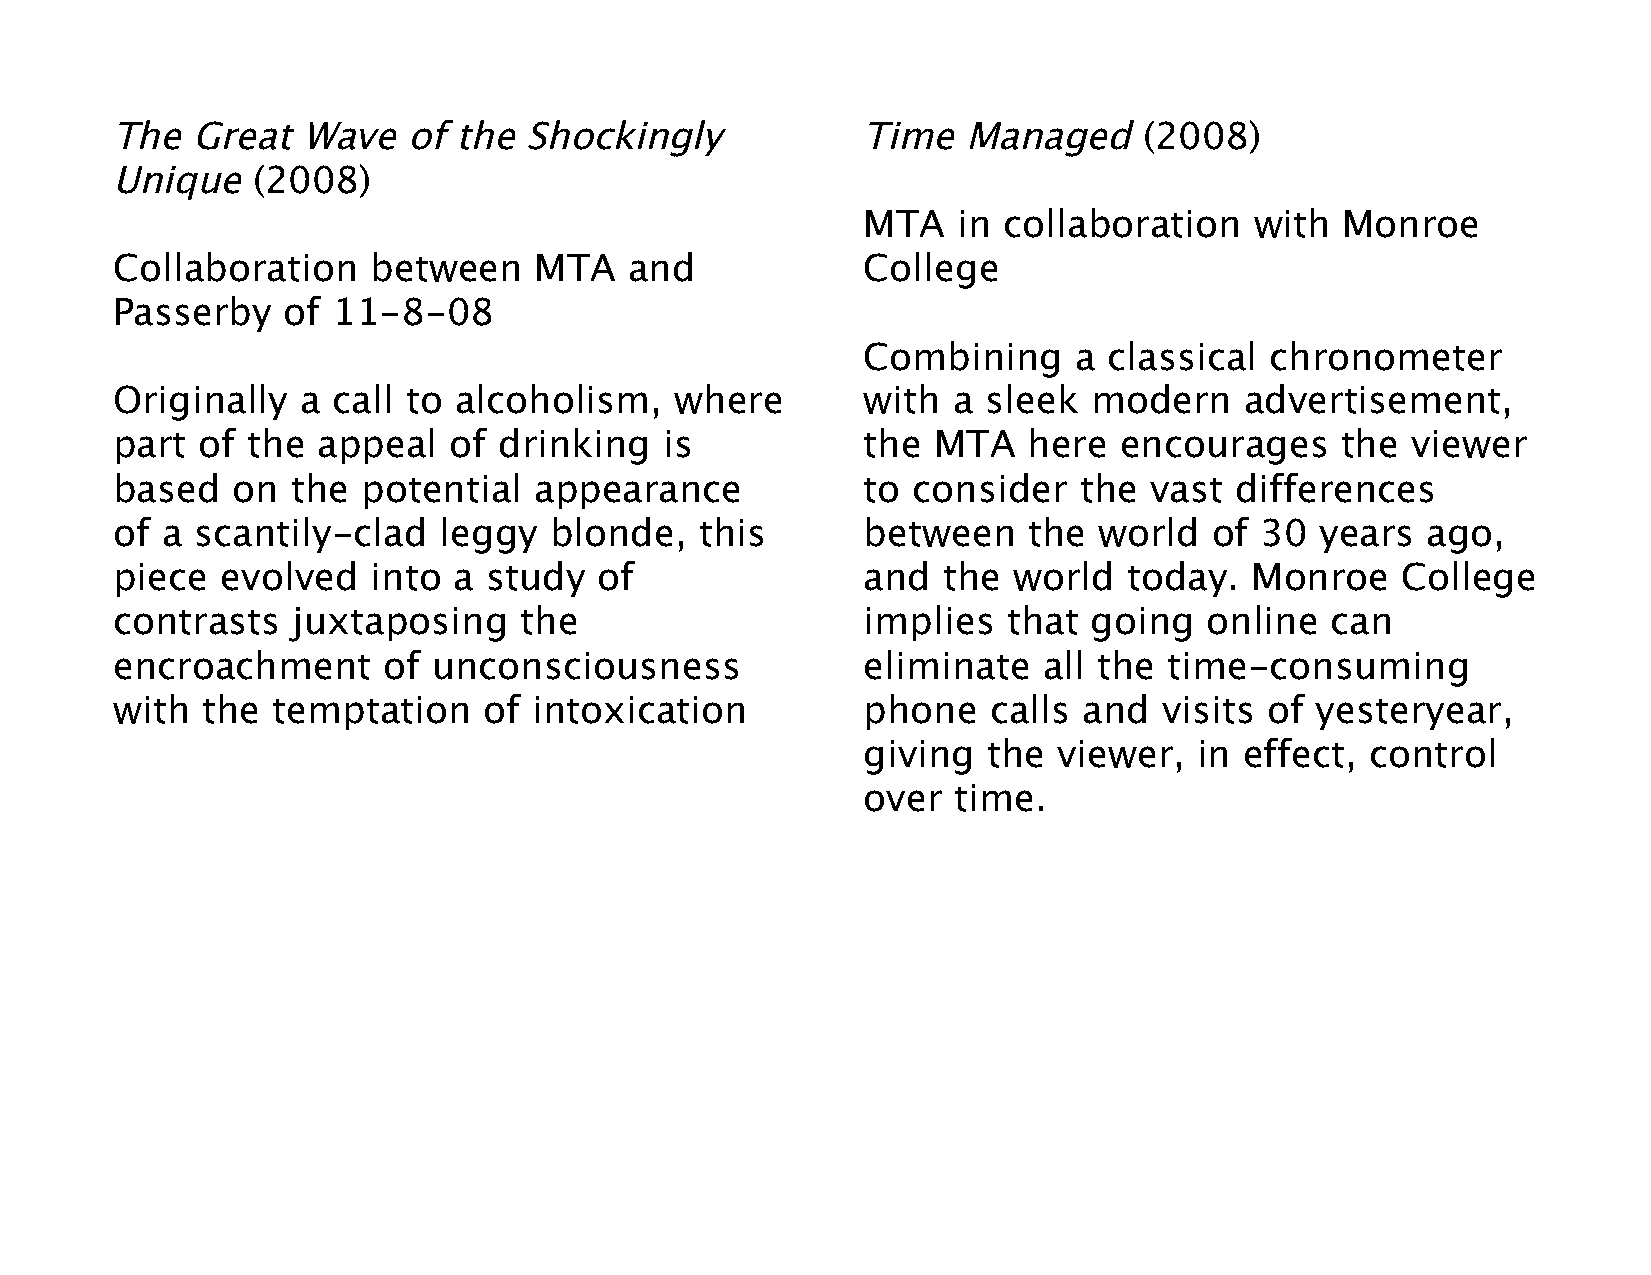
The   Great  Wave   of the  Shockingly            Time   Managed     (2008)
 Unique    (2008)
 MTA   in collaboration    with  Monroe
 Collaboration    between    MTA    and            College
 Passerby    of 11-8-08
 Combining     a classical  chronometer
 Originally   a call to alcoholism,    where       with  a sleek  modern    advertisement,
 part  of the  appeal   of drinking   is           the  MTA   here  encourages     the viewer
 based   on  the  potential  appearance            to consider   the  vast  differences
 of  a scantily-clad   leggy  blonde,   this       between    the  world  of 30  years  ago,
 piece   evolved  into  a study   of               and  the  world   today.  Monroe    College
 contrasts   juxtaposing    the                    implies   that going   online  can
 encroachment      of  unconsciousness             eliminate   all the time-consuming
 with  the  temptation    of intoxication          phone   calls  and  visits of yesteryear,
 giving  the  viewer,  in effect,  control
 over  time.